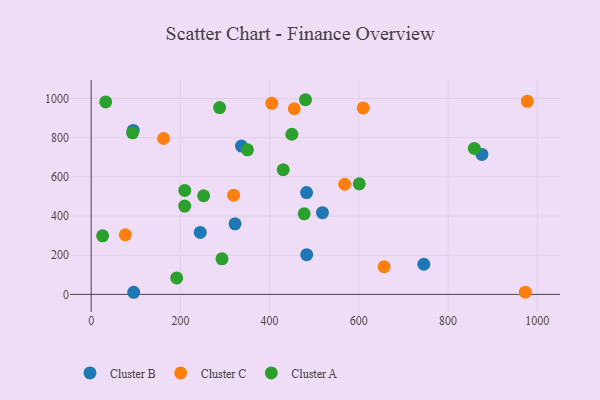
{"axis": {"x": "Investment", "y": "Yield"}, "legend": ["Cluster A", "Cluster B", "Cluster C"], "data": [{"x": "244.5", "y": 316.4, "type": "Cluster B"}, {"x": "518.4", "y": 417.1, "type": "Cluster B"}, {"x": "483.1", "y": 202.6, "type": "Cluster B"}, {"x": "745.6", "y": 154.0, "type": "Cluster B"}, {"x": "95.4", "y": 10.8, "type": "Cluster B"}, {"x": "94.3", "y": 837.3, "type": "Cluster B"}, {"x": "336.9", "y": 757.0, "type": "Cluster B"}, {"x": "322.5", "y": 360.2, "type": "Cluster B"}, {"x": "482.8", "y": 519.6, "type": "Cluster B"}, {"x": "875.8", "y": 714.4, "type": "Cluster B"}, {"x": "76.6", "y": 304.3, "type": "Cluster C"}, {"x": "455.2", "y": 947.9, "type": "Cluster C"}, {"x": "404.9", "y": 975.3, "type": "Cluster C"}, {"x": "162.3", "y": 795.8, "type": "Cluster C"}, {"x": "977.7", "y": 985.7, "type": "Cluster C"}, {"x": "609.6", "y": 952.1, "type": "Cluster C"}, {"x": "568.3", "y": 562.4, "type": "Cluster C"}, {"x": "319.3", "y": 506.6, "type": "Cluster C"}, {"x": "656.5", "y": 141.0, "type": "Cluster C"}, {"x": "973.1", "y": 11.2, "type": "Cluster C"}, {"x": "32.6", "y": 982.8, "type": "Cluster A"}, {"x": "25.7", "y": 299.0, "type": "Cluster A"}, {"x": "209.6", "y": 450.9, "type": "Cluster A"}, {"x": "449.9", "y": 817.5, "type": "Cluster A"}, {"x": "92.7", "y": 825.0, "type": "Cluster A"}, {"x": "430.4", "y": 636.4, "type": "Cluster A"}, {"x": "191.7", "y": 84.2, "type": "Cluster A"}, {"x": "477.5", "y": 411.1, "type": "Cluster A"}, {"x": "480.4", "y": 993.9, "type": "Cluster A"}, {"x": "600.9", "y": 564.5, "type": "Cluster A"}, {"x": "858.8", "y": 745.3, "type": "Cluster A"}, {"x": "350.3", "y": 738.3, "type": "Cluster A"}, {"x": "252.1", "y": 503.6, "type": "Cluster A"}, {"x": "209.8", "y": 530.9, "type": "Cluster A"}, {"x": "287.9", "y": 953.6, "type": "Cluster A"}, {"x": "293.2", "y": 181.5, "type": "Cluster A"}]}